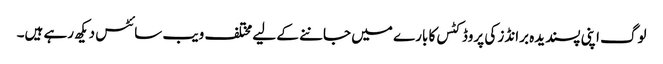
لوگ اپنی پسندیدہ برانڈز کی پروڈکٹس کا بارے میں جاننے کے لیے مختلف ویب سائٹس دیکھ رہے ہیں۔